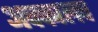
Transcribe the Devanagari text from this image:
अक्कालच